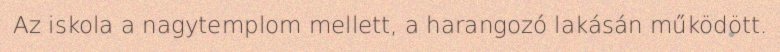
Az iskola a nagytemplom mellett, a harangozó lakásán működött.